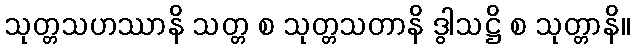
သုတ္တသဟဿာနိ သတ္တ စ သုတ္တသတာနိ ဒွါသဋ္ဌိ စ သုတ္တာနိ။